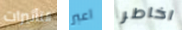
التأثيرات اعبر اخاطر